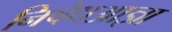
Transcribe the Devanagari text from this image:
निषेधआज्ञा